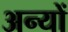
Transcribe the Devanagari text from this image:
अन्‍यों